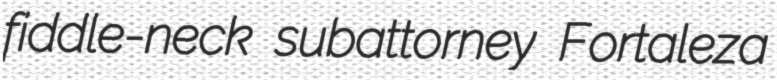
fiddle-neck subattorney Fortaleza